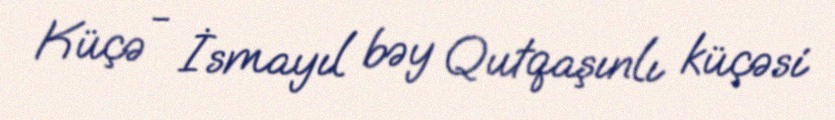
Küçə - İsmayıl bəy Qutqaşınlı küçəsi